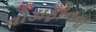
વોડાફોનના